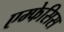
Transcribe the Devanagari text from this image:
एम्फेसिस